DOW-UAP-D14, Mission Report, Iraq, May 2022
Agency: Department of War
Incident date: 5/29/22
Incident location: Syria
Page 3
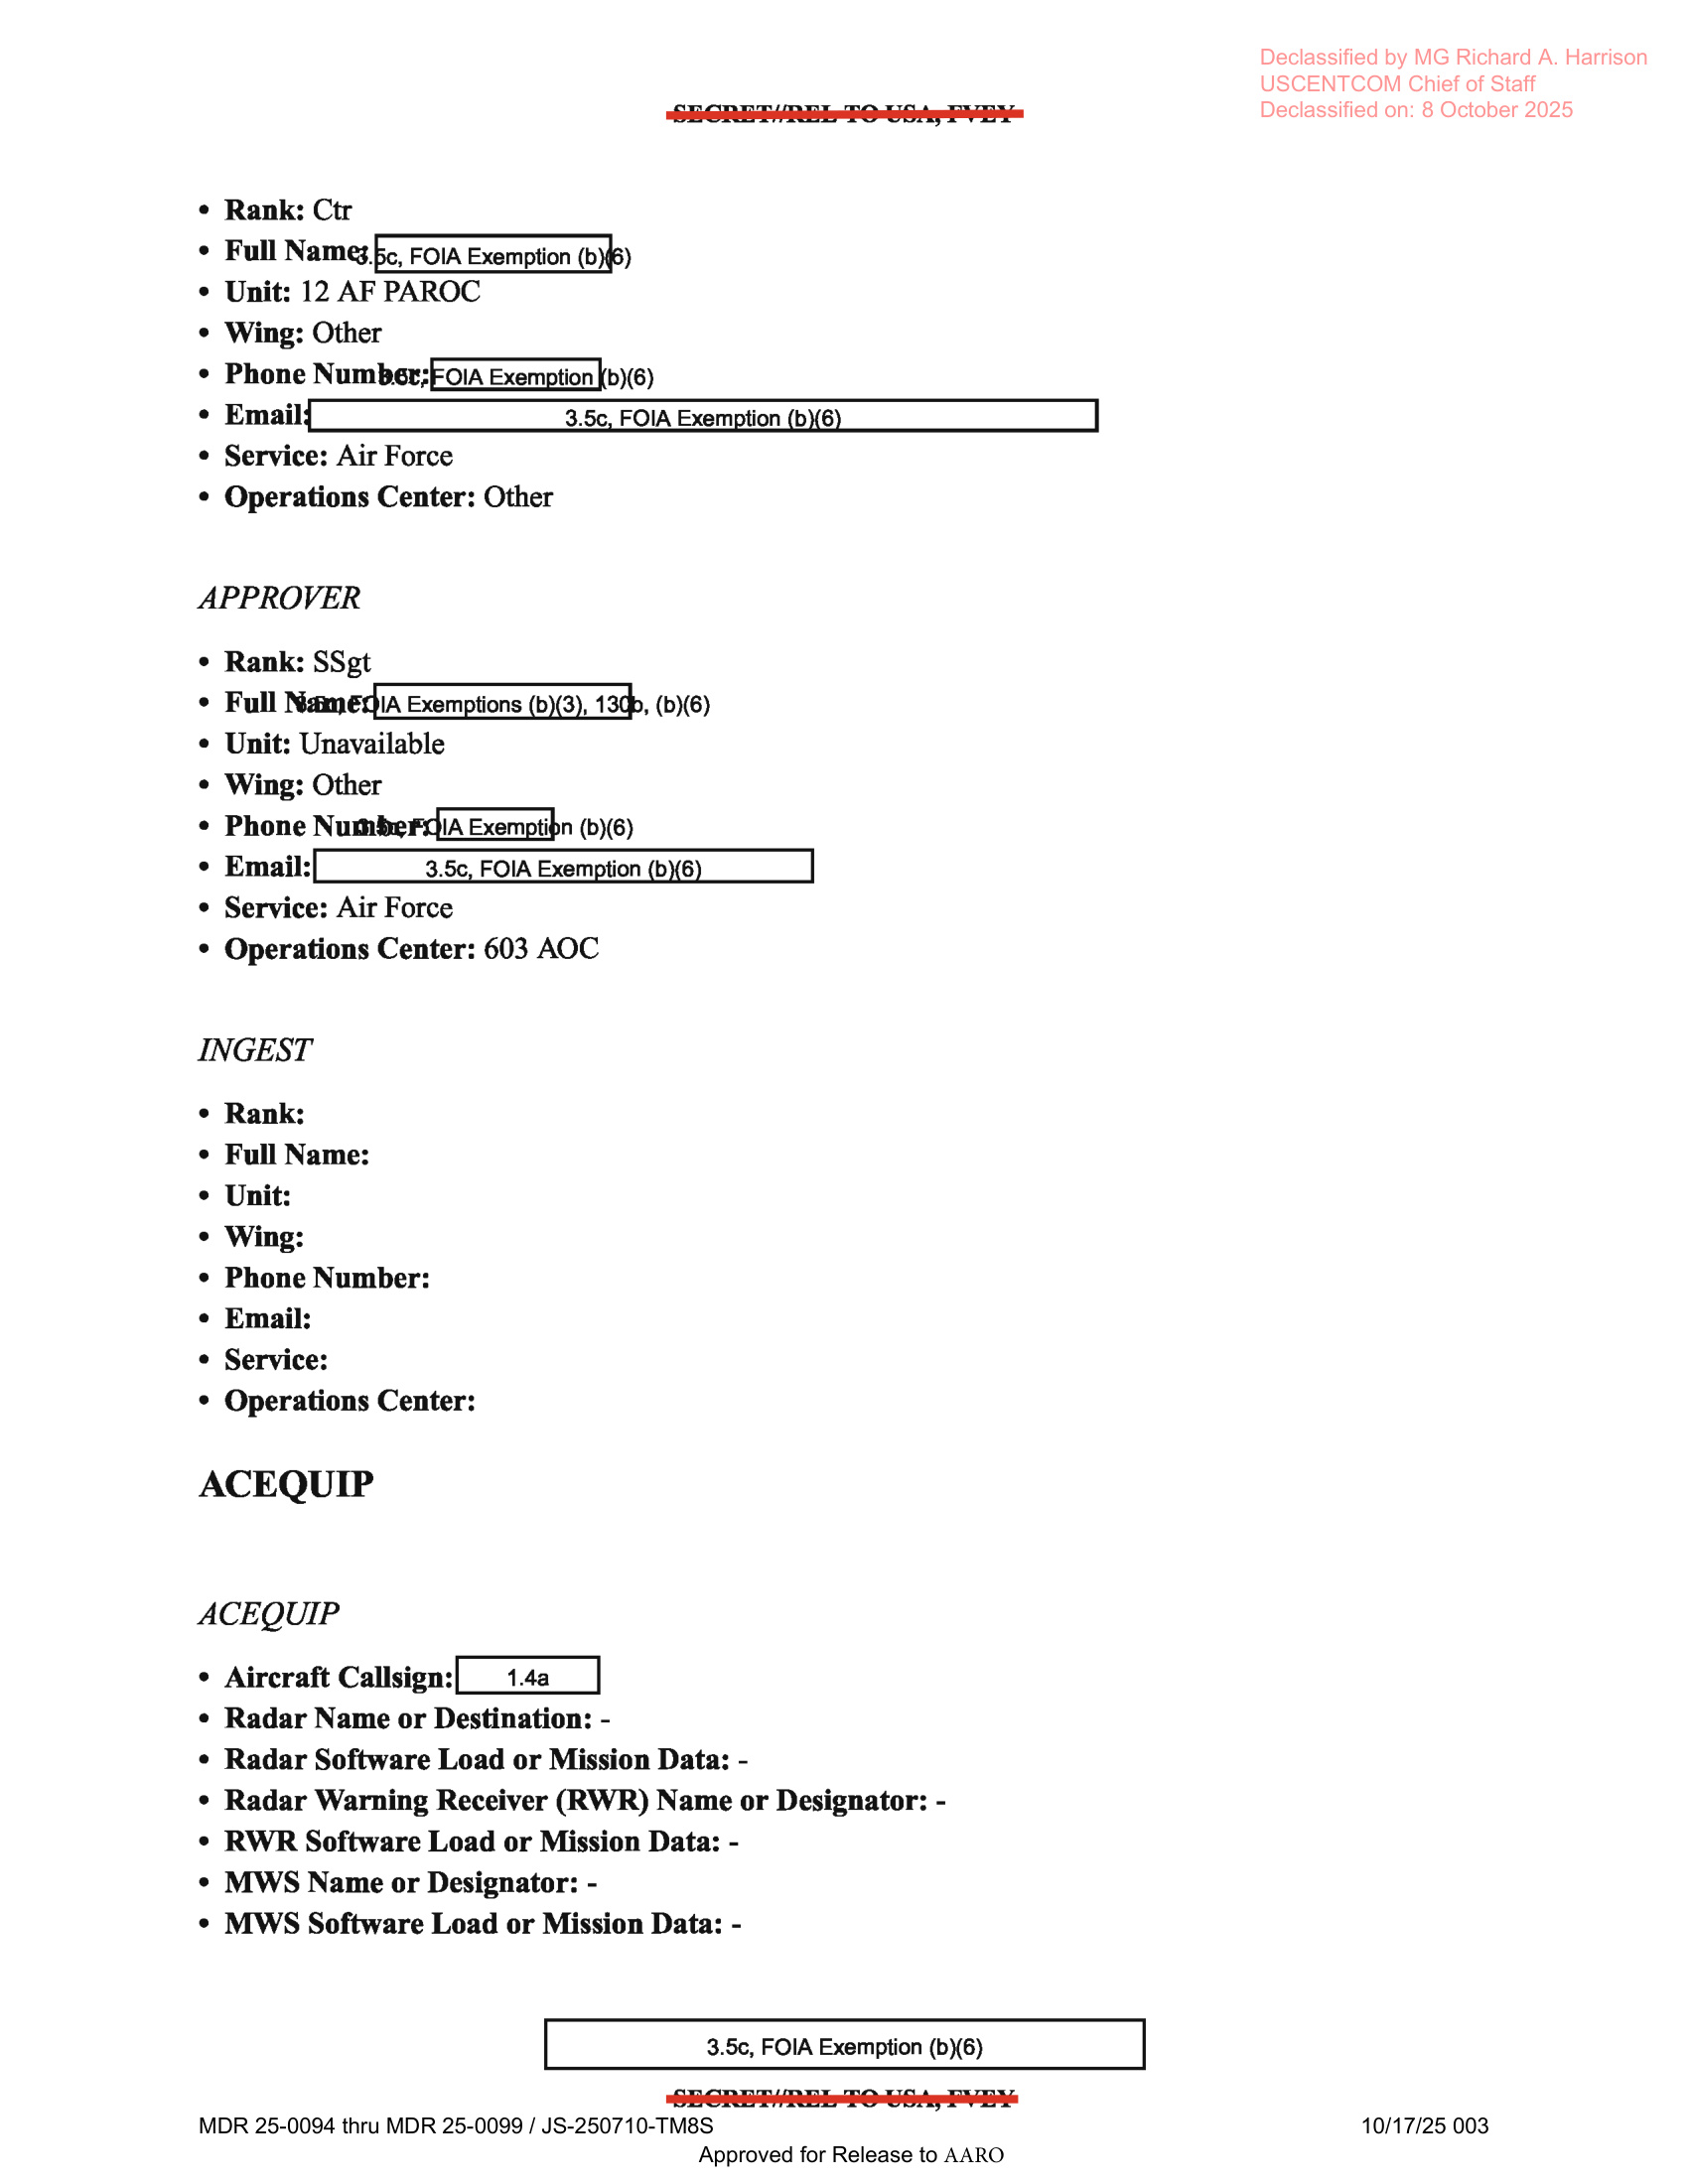